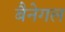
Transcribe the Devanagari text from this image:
बैनेगल